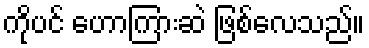
ကိုပင် ဟောကြားဆဲ ဖြစ်လေသည်။